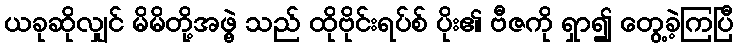
ယခုဆိုလျှင် မိမိတို့အဖွဲ့ သည် ထိုဗိုင်းရပ်စ် ပိုး၏ ဗီဇကို ရှာ၍ တွေ့ခဲ့ကြပြီ